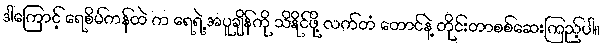
ဒါကြောင့် ရေစိမ်ကန်ထဲ က ရေရဲ့ အပူချိန်ကို သိနိုင်ဖို့ လက်တံ တောင်နဲ့ တိုင်းတာစစ်ဆေးကြည့်ပါ။